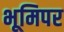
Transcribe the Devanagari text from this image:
भूमिपर